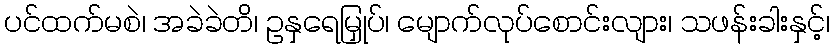
ပင်ထက်မစဲ၊ အခဲခဲတိ၊ ဥနှရေမြှုပ်၊ မျောက်လုပ်စောင်းလျား၊ သဖန်းခါးနှင့်၊